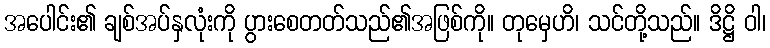
အပေါင်း၏ ချစ်အပ်နှလုံးကို ပွားစေတတ်သည်၏အဖြစ်ကို။ တုမှေဟိ၊ သင်တို့သည်။ ဒိဋ္ဌိ ဝါ၊